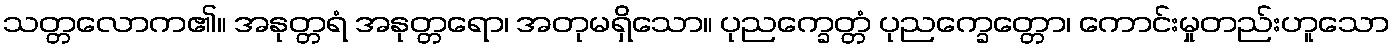
သတ္တလောက၏။ အနုတ္တရံ အနုတ္တရော၊ အတုမရှိသော။ ပုညက္ခေတ္တံ ပုညက္ခေတ္တော၊ ကောင်းမှုတည်းဟူသော